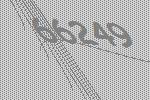
66249